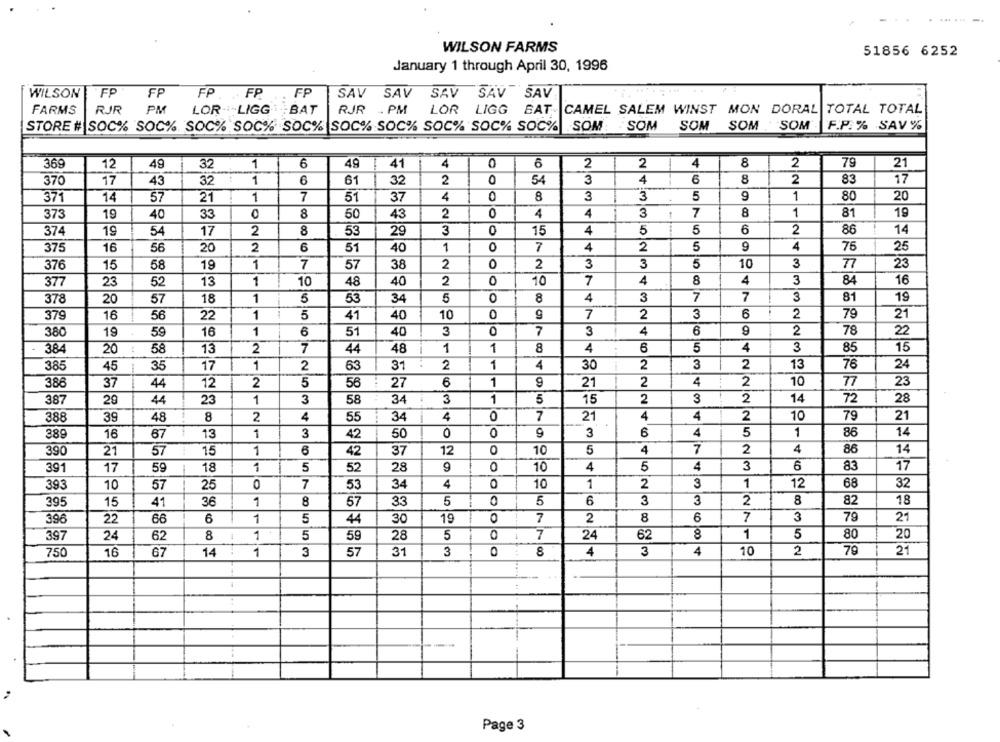
WILSON FARMS
51856 6252
January 1 through April 30, 1996
WILSON
FP
FP
FP ... FP
FP
SAV
SAV
SAV
SAV SAV
FARMS
RJR
PM
LOR -- LIGG.BAT
RJR
.. PM
LOR LIGG BAT CAMEL SALEM WINST MON DORAL TOTAL TOTAL
STORE # SOC% SOC%. SOC% SOC% SOC% SOC% SOC% SOC% SOC% SOC% SOM: SOM
SOM SOM SOM F.P. % SAV %
1
49
41
4
0
6
2
2
4
8
2
79
369
12
49
32
6
21
0
3
4
8
2
83
370
17
43
32
1
6
61
32
2
54
6
17
371
14
57
21
1
7
51
37
4
8
3
3
5
9
1
80
20
373
19
40
33
8
50
43
2
0
4
4
3
7
8
1
81
19
2
53
29
3
0
4
5
5
6
2
86
14
37
19
54
17
8
15
375
16
56
20
2
6
51
40
1
0
7
4
2
5
9
4
75
25
376
15
58
19
1
7
57
38
2
0
2
3
3
5
10
3
77
23
377
23
52
13
1
10
48
40
2
0
10
7
4
8
4
3
84
16
0
7
7
3
378
20
57
18
1
5
53
34
5
8
5
4
3
81
19
379
16
56
22
1
5
41
40
10
0
7
2
3
6
2
79
21
380
19
59
16
1
6
51
40
3
7
3
4
6
9
2
78
22
384
20
58
13
2
7
44
48
1
1
8
4
6
5
4
3
85
15
1
4
3
13
385
45
35
17
1
2
63
31
2
30
2
2
76
24
386
37
44
12
2
5
56
27
6
1
9
21
2
4
2
10
77
23
387
29
44
23
1
3
58
34
3
1
5
15
2
3
2
14
72
28
4
0
7
21
4
4
2
79
21
388
39
48
8
2
4
55
34
10
389
16
67
13
1
3
42
50
0
0
3
6
4
5
1
86
14
390
21
57
15
1
42
37
12
0
10
5
4
7
2
4
86
14
17
18
1
5
52
9
0
10
4
5
4
3
6
83
17
391
59
28
3
1
32
393
10
57
25
7
53
34
4
10
1
2
12
68
395
15
41
36
1
8
57
33
5
0
5
6
3
3
2
8
82
18
396
22
66
6
1
5
44
30
19
0
7
2
8
6
7
3
79
21
1
7
24
62
1
5
80
20
397
24
62
8
5
59
28
5
750
16
67
14
1
3
57
31
3
0
8
4
3
4
10
2
79
21
Page 3